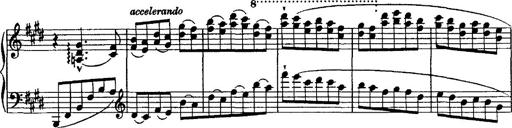
Title: Valse mÃ©lancolique
Composer: Paul Vidal
Key: F-sharp minor